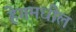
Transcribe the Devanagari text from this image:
हेगमधील